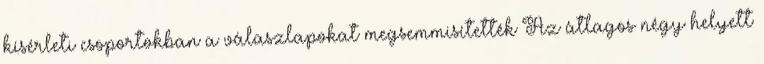
kísérleti csoportokban a válaszlapokat megsemmisítették Az átlagos négy helyett